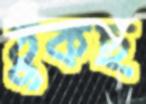
ঠুকছ